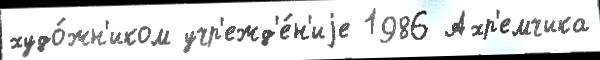
худо́жн'иком учр'ежд'е́н'иjе 1986 Ахр'емчика